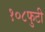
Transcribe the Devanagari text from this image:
१०८फुटी